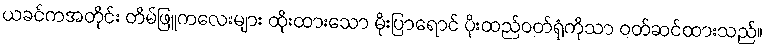
ယခင်ကအတိုင်း တိမ်ဖြူကလေးများ ထိုးထားသော မိုးပြာရောင် ပိုးထည်ဝတ်ရုံကိုသာ ဝတ်ဆင်ထားသည်။